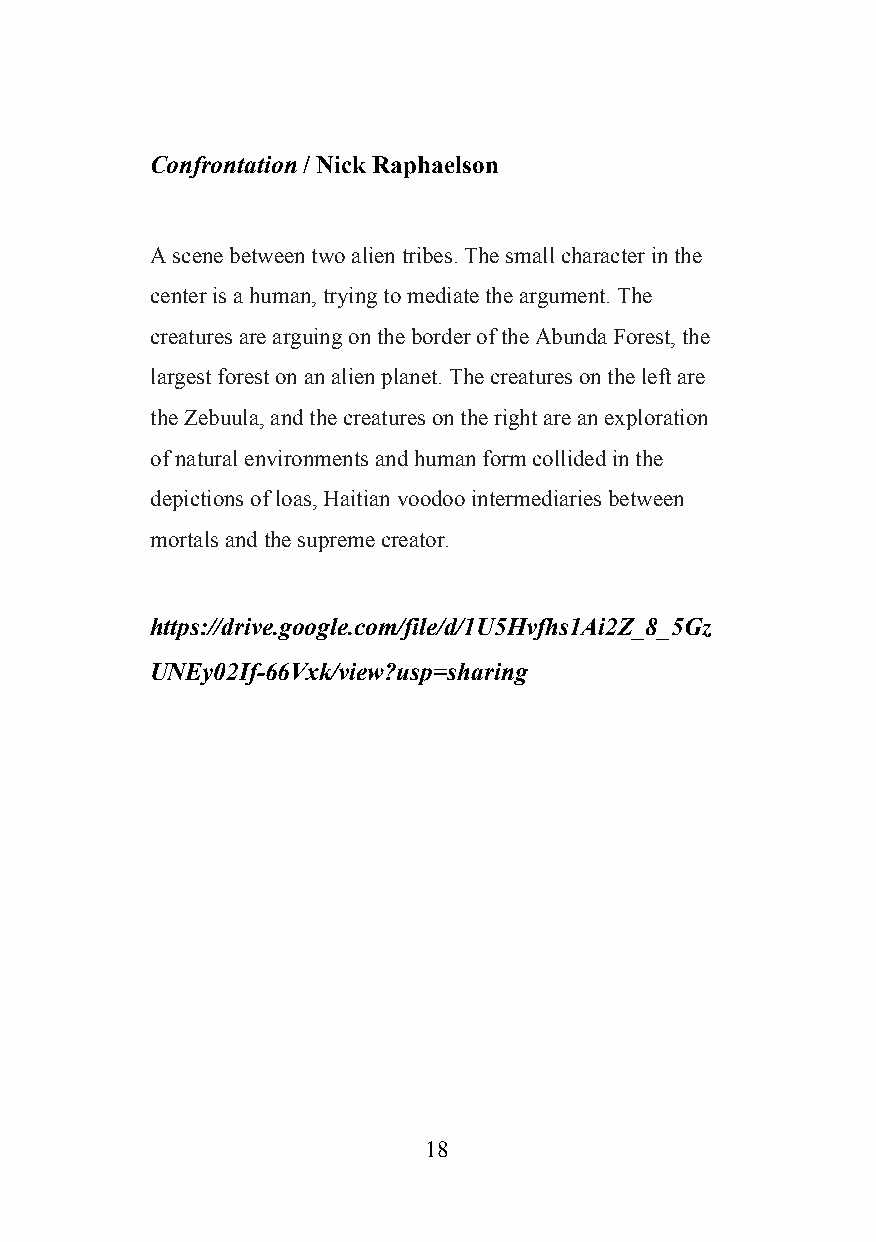
Confrontation / Nick Raphaelson
 ​
 A scene between two alien tribes. The small character in the
 center is a human, trying to mediate the argument. The
 creatures are arguing on the border of the Abunda Forest, the
 largest forest on an alien planet. The creatures on the left are
 the Zebuula, and the creatures on the right are an exploration
 of natural environments and human form collided in the
 depictions of loas, Haitian voodoo intermediaries between
 mortals and the supreme creator.
 https://drive.google.com/file/d/1U5Hvfhs1Ai2Z_8_5Gz
 UNEy02If-66Vxk/view?usp=sharing
 18